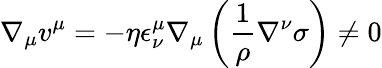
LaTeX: \nabla_{\mu}v^{\mu}=-\eta\epsilon_{\nu}^{\mu}\nabla_{\mu}\left(\frac{1}{\rho}\nabla^{\nu}\sigma\right)\neq 0